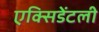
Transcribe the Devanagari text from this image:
एक्सिडेंटली